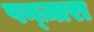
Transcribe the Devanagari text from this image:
पन्ज़ारा